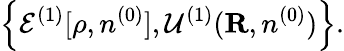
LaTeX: \left\{ {\cal E}^{(1)}[\rho,n^{(0)}],{\cal U}^{(1)}({\mathbf R},n^{(0)})\right\} .